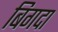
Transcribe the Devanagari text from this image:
बिगदा